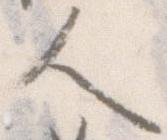
人